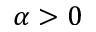
\alpha > 0